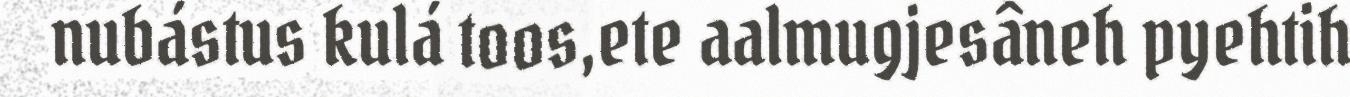
nubástus kulá toos,ete aalmugjesâneh pyehtih